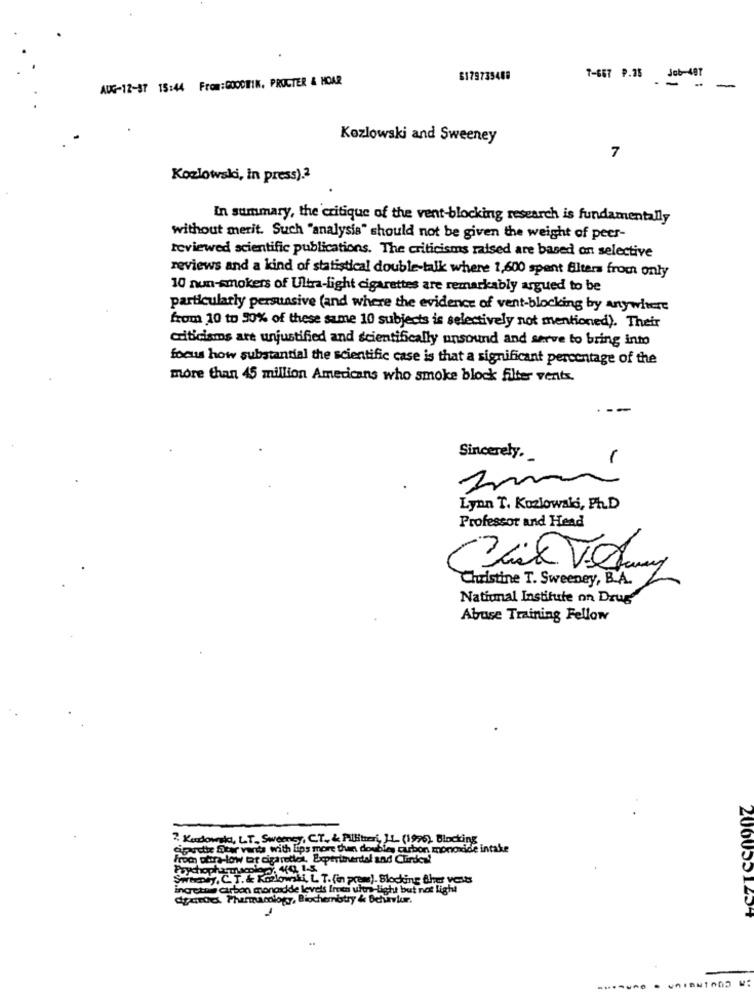
AUG-12-37 15:44 From:GOODWIN, PROCTER & HOAR
$179735488
7-667 P.28 Job-487
- -
-
Kozlowski and Sweeney
7
Kozlowski, in press).2
In summary, the critique of the vent-blocking research is fundamentally
without merit. Such "analysis" should not be given the weight of peer-
reviewed scientific publications. The criticisms raised are based on selective
reviews and a kind of statistical double-talk where 1,600 spent Alters from only
10 nun-smokers of Ultra-light cigarettes are remarkably argued to be
particularly persuasive (and where the evidence of vent-blocking by anywhere
from 10 to 30% of these same 10 subjects is selectively not mentioned). Their
criticisms are unjustified and scientifically unsound and serve to bring into
focus how substantial the scientific case is that a significant percentage of the
more than 45 million Americans who smoke block filter vents.
Sincerely.
Lynn T. Kozlowski, Ph.D
Professor and Head
Christine T. Sweeney, B.A.
National Institute on Drug
Abuse Training Fellow
2. Kurdowska, LT. Sweeney, CT, & Pilitori, 1L. (1996) Blocking
Sputi Star vants with lips more than doubles carbon monoxide intake
From outre-low tat cigareder, Experimental and Chirdes!
Roychophusm
Sweeney, C.T. & Koolownti. L. T. (in press). Blocking the vous
ingretus carbon monadde levels Imm ultra light but not light
drarrock. Pharmacology, Biochemotry & Dchavier.
2060551204
-.